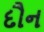
દૌન